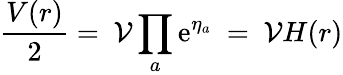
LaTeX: \frac{V(r)}{2}=\ \mathcal{V}\prod_{a}\mathrm{e}^{\eta_{a}}\ =\ \mathcal{V}H(r)